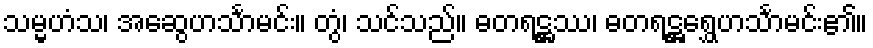
သမ္မဟံသ၊ အဆွေဟင်္သာမင်း။ တွံ၊ သင်သည်။ ဓတရဋ္ဌဿ၊ ဓတရဋ္ဌရွှေဟင်္သာမင်း၏။